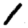
Digit: 1